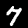
Digit: 7